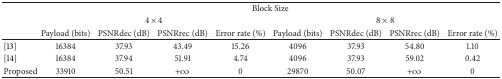
<table><thead><tr><td><b> </b></td><td colspan="8"><b>Block Size</b></td></tr><tr><td><b> </b></td><td colspan="4"><b>4 × 4</b></td><td colspan="4"><b>8 × 8</b></td></tr><tr><td><b> </b></td><td><b>Payload (bits)</b></td><td><b>PSNRdec (dB)</b></td><td><b>PSNRrec (dB)</b></td><td><b>Error rate (%)</b></td><td><b>Payload (bits)</b></td><td><b>PSNRdec (dB)</b></td><td><b>PSNRrec (dB)</b></td><td><b>Error rate (%)</b></td></tr></thead><tbody><tr><td>[13]</td><td>16384</td><td>37.93</td><td>43.49</td><td>15.26</td><td>4096</td><td>37.93</td><td>54.80</td><td>1.10</td></tr><tr><td>[14]</td><td>16384</td><td>37.94</td><td>51.91</td><td>4.74</td><td>4096</td><td>37.93</td><td>59.02</td><td>0.42</td></tr><tr><td>Proposed</td><td>33910</td><td>50.51</td><td>+<i>∞</i></td><td>0</td><td>29870</td><td>50.07</td><td>+<i>∞</i></td><td>0</td></tr></tbody></table>